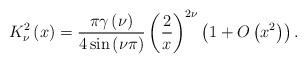
LaTeX: \begin{align*}K_{\nu }^{2}\left( x\right) =\frac{\pi \gamma \left( \nu \right) }{4\sin\left( \nu \pi \right) }\left( \frac{2}{x}\right) ^{2\nu }\left( 1+O\left(x^{2}\right) \right) . \end{align*}